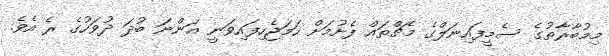
މިމުބާރާތުގެ ސެމީފައިނަލްގެ މެޗްތައް ފެށުމަށް ހަމަޖެހިފައިވަނީ އަންނަ ބުދަ ދުވަހުގެ ރެ އެވެ.